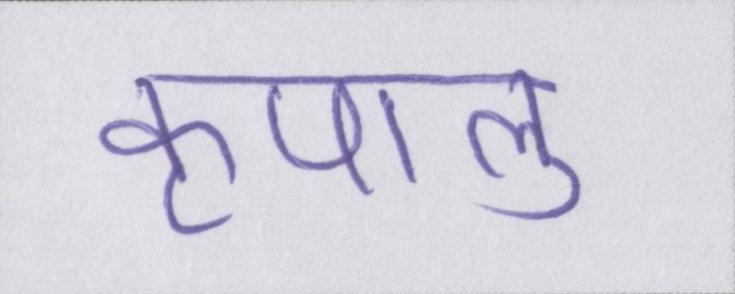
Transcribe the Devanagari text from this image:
कृपालु